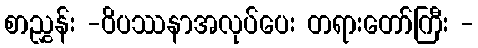
စာညွှန်း -ဝိပဿနာအလုပ်ပေး တရားတော်ကြီး -